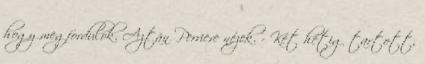
hogy megfordulok. Aztán Perriere nézek. - Két hétig tartott,